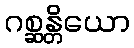
ဂစ္ဆန္တိယော